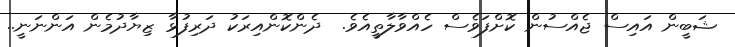
ޝަބީން އައިސް ޖެއްސުން ކޮށްފަވެސް ހެއްވާލާތީއެވެ.  ދެންކޮންއިރަކު ދަރިފުޅާ ޒިޔާދުމެން އަންނަނީ..